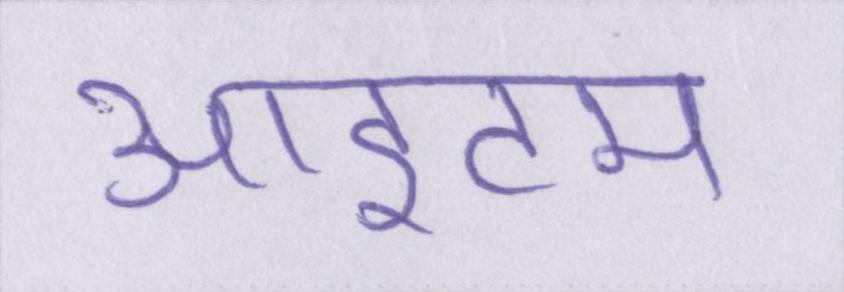
आइटम